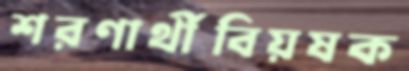
শরণার্থীবিয়ষক